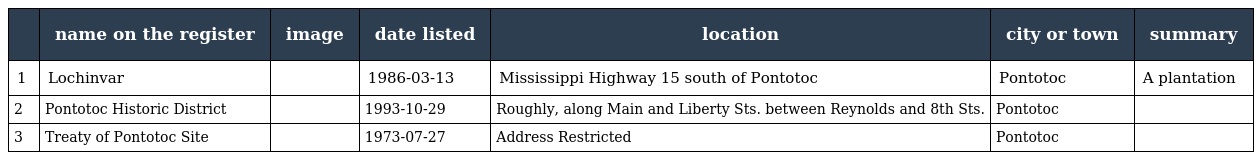
|  | name on the register | image | date listed | location | city or town | summary |
 | --- | --- | --- | --- | --- | --- | --- |
 | 1 | Lochinvar |  | 1986-03-13 | Mississippi Highway 15 south of Pontotoc | Pontotoc | A plantation |
 | 2 | Pontotoc Historic District |  | 1993-10-29 | Roughly, along Main and Liberty Sts. between Reynolds and 8th Sts. | Pontotoc |  |
 | 3 | Treaty of Pontotoc Site |  | 1973-07-27 | Address Restricted | Pontotoc |  |